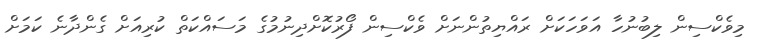
މިވެކްސިން ލިބުނުހާ އަވަހަކަށް ރައްޔިތުންނަށް ވެކްސިން ފޯރުކޮށްދިނުމުގެ މަސައްކަތް ކުރިއަށް ގެންދާނެ ކަމަށް